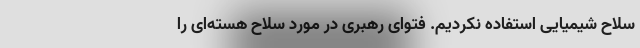
سلاح شیمیایی استفاده نکردیم. فتوای رهبری در مورد سلاح هسته‌ای را